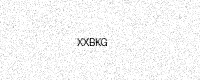
Text: XXBKG